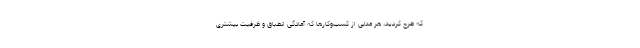
که طرح کردید، هر مدلی از کسب‌وکارها که آمادگی انطباق و ظرفیت بیشتری